Document type: Sale
Year: 1275
Scribe: Salvador de Baiona
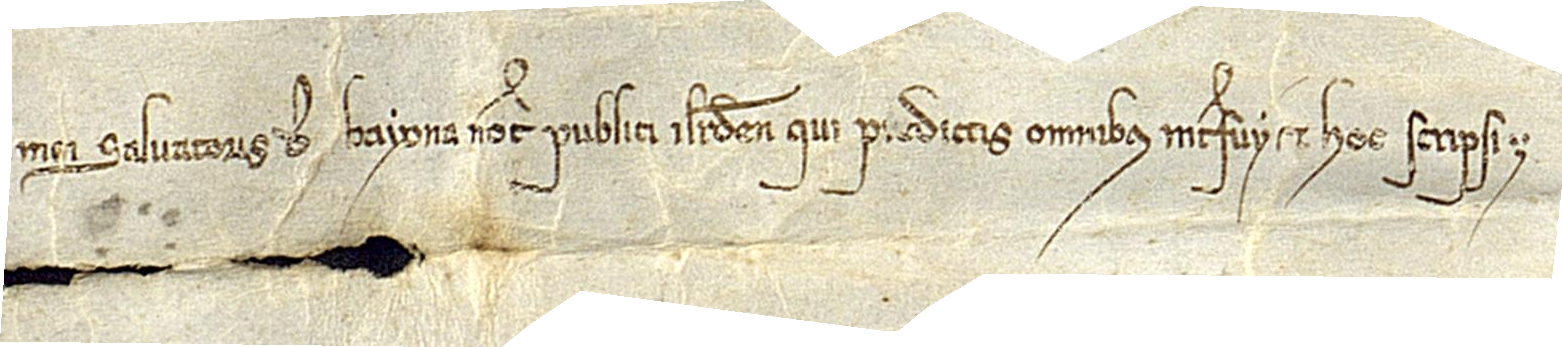
num mei Salvatoris de Bayona, notarii publici Ilerdensis, qui predictis omnibus interfuy et hoc scripsi.